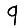
Digit: 9